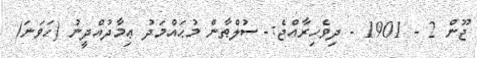
ޖޫން 2 - 1901 - ދިވެހިރާއްޖެ:- ސުލްޠާން މުޙައްމަދު ޢިމާދުއްދީނު (ހަވަނަ)